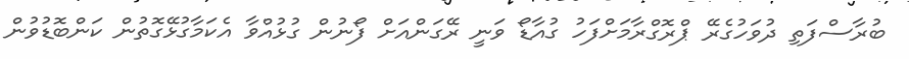
ބުރާސްފަތި ދުވަހުގެރޭ ޕްރޮގްރާމަށްފަހު ގުއާޑޯ ވަނީ ރޭގަންއަށް ފޯނުން ގުޅުއްވާ އެކަމާގުޅޭގޮތުން ކަންބޮޑުވުން